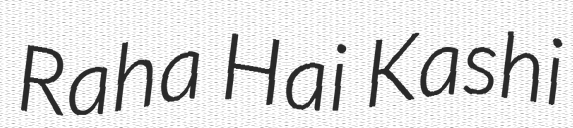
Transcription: Raha Hai Kashi